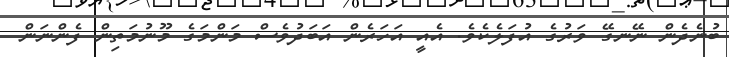
ބުނެދެން ނޭނގޭ ވަރުގެ އުފަލެކެވެ. އެއީ އަހަރެން އަބަދުވެސް މަންމަގެ މޫނުމަތިން ފެންނަން